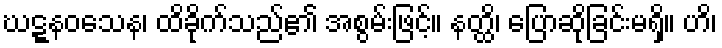
ဃဋ္ဋနဝသေန၊ ထိခိုက်သည်၏ အစွမ်းဖြင့်။ နတ္ထိ၊ ပြောဆိုခြင်းမရှိ။ ဟိ၊